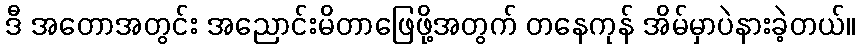
ဒီ အတောအတွင်း အညောင်းမိတာဖြေဖို့အတွက် တနေကုန် အိမ်မှာပဲနားခဲ့တယ်။